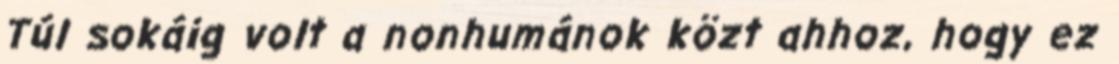
Túl sokáig volt a nonhumánok közt ahhoz, hogy ez